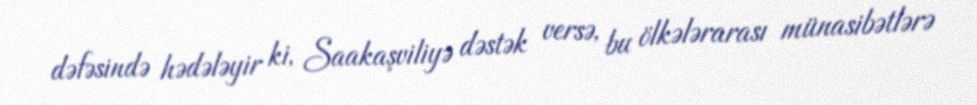
dəfəsində hədələyir ki, Saakaşviliyə dəstək versə, bu ölkələrarası münasibətlərə